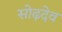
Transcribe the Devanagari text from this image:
सोढ़देव